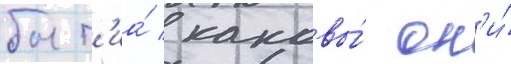
быт'иа́ / каковы́ он'и́